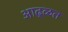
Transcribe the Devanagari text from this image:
आढ्ळत